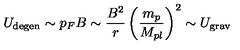
U _ { \mathrm { d e g e n } } \sim p _ { F } B \sim \frac { B ^ { 2 } } { r } \left( \frac { m _ { p } } { M _ { p l } } \right) ^ { 2 } \sim U _ { \mathrm { g r a v } }